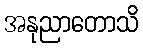
အနုညာတောသိ